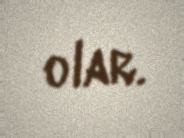
olar.